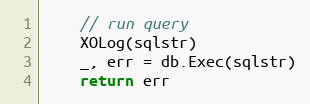
Language: Go
	// run query
	XOLog(sqlstr)
	_, err = db.Exec(sqlstr)
	return err